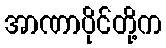
အာဏာပိုင်တို့က